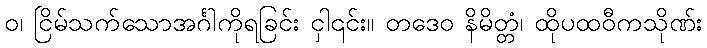
ဝ၊ ငြိမ်သက်သောအင်္ဂါကိုရခြင်း ငှါ၎င်း။ တဒေဝ နိမိတ္တံ၊ ထိုပထဝီကသိုဏ်း